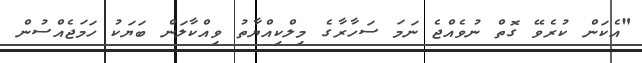
"އެކަން ކުރެވޭ ގޮތް ނުވެއްޖެ ނަމަ ސަހާރާގެ މިލްކިއްޔާތު ވިއްކާލަން ބަޔަކު ހަމަޖެއްސުން